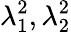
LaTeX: \lambda_{1}^{2},\lambda_{2}^{2}